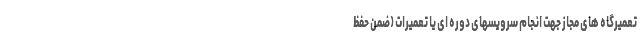
تعمیرگاه های مجاز جهت انجام سرویسهای دوره ای یا تعمیرات (ضمن حفظ